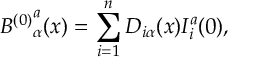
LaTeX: { B ^ { ( 0 ) } } _ { \alpha } ^ { a } ( x ) = \sum _ { i = 1 } ^ { n } D _ { i \alpha } ( x ) I _ { i } ^ { a } ( 0 ) ,